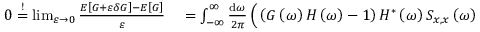
\begin{array} { r l } { 0 \stackrel { ! } { = } \operatorname* { l i m } _ { \varepsilon \to 0 } \frac { E \left[ G + \varepsilon \delta G \right] - E \left[ G \right] } { \varepsilon } } & { { } = \int _ { - \infty } ^ { \infty } \frac { \mathrm { d } \omega } { 2 \pi } \, \Big ( \left( G \left( \omega \right) H \left( \omega \right) - 1 \right) H ^ { * } \left( \omega \right) S _ { x , x } \left( \omega \right) } \end{array}